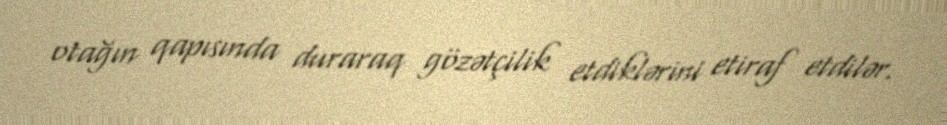
otağın qapısında duraraq gözətçilik etdiklərini etiraf etdilər.